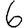
Digit: 6